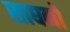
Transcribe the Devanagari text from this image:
साघनों